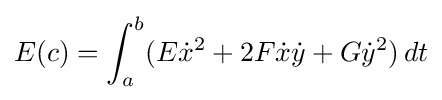
E(c)=\int _{a}^{b}(E{\dot {x}}^{2}+2F{\dot {x}}{\dot {y}}+G{\dot {y}}^{2})\,dt